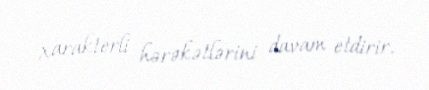
xarakterli hərəkətlərini davam etdirir.